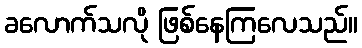
ခလောက်သလို ဖြစ်နေကြလေသည်။